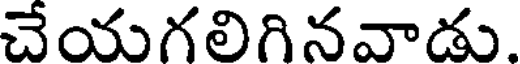
చేయగలిగినవాడు